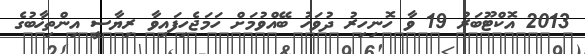
2013 އޮކްޓޫބަރު 19 ވާ ހޮނިހިރު ދުވަހު ބޭއްވުމަށް ހަމަޖެހިފައިވާ ރިޔާސީ އިންތިޚާބުގެ